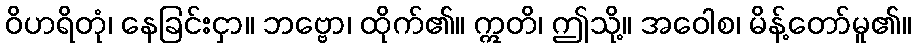
ဝိဟရိတုံ၊ နေခြင်းငှာ။ ဘဗ္ဗော၊ ထိုက်၏။ ဣတိ၊ ဤသို့။ အဝေါစ၊ မိန့်တော်မူ၏။